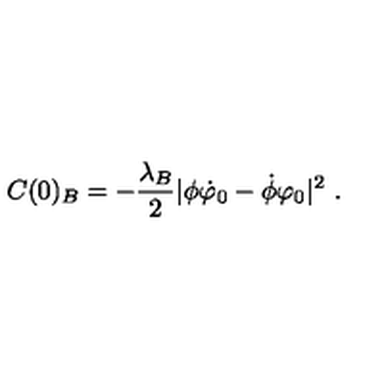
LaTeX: C ( 0 ) _ { B } = - \frac { \lambda _ { B } } { 2 } | \phi \dot { \varphi } _ { 0 } - \dot { \phi } \varphi _ { 0 } | ^ { 2 } \ .